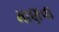
માણવા